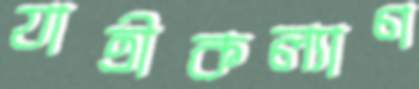
যাত্রীকল্যাণ